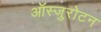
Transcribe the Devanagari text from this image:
ऑस्जुरोटन